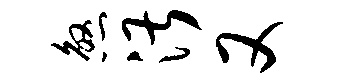
煞湛又